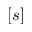
[ s ]